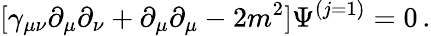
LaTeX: [\gamma_{\mu\nu}\partial_{\mu}\partial_{\nu}+\partial_{\mu}\partial_{\mu}-2m^{2}]\Psi^{(j=1)}=0\, .